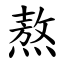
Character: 熬